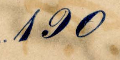
190